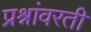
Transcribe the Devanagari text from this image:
प्रश्नांवरती